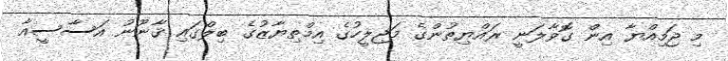
މި ޖަމިއްޔާ އިން ގޮވާލަނީ ރައްޔިތުންގެ މަޖިލީހުގެ އިމްތިޔާޒުގެ ބިލްގައި ޤާނޫނު އަސާސީއާ